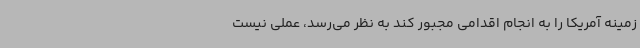
زمینه آمریکا را به انجام اقدامی مجبور کند به نظر می‌رسد، عملی نیست